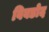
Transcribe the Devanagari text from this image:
विबडोद